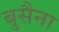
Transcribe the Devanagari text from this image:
बुसैना